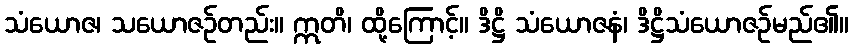
သံယောဇ၊ သယောဇဉ်တည်း။ ဣတိ၊ ထို့ကြောင့်။ ဒိဋ္ဌိ သံယောဇနံ၊ ဒိဋ္ဌိသံယောဇဉ်မည်၏။